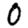
Digit: 0